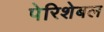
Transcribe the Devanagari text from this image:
पेरिशेबल